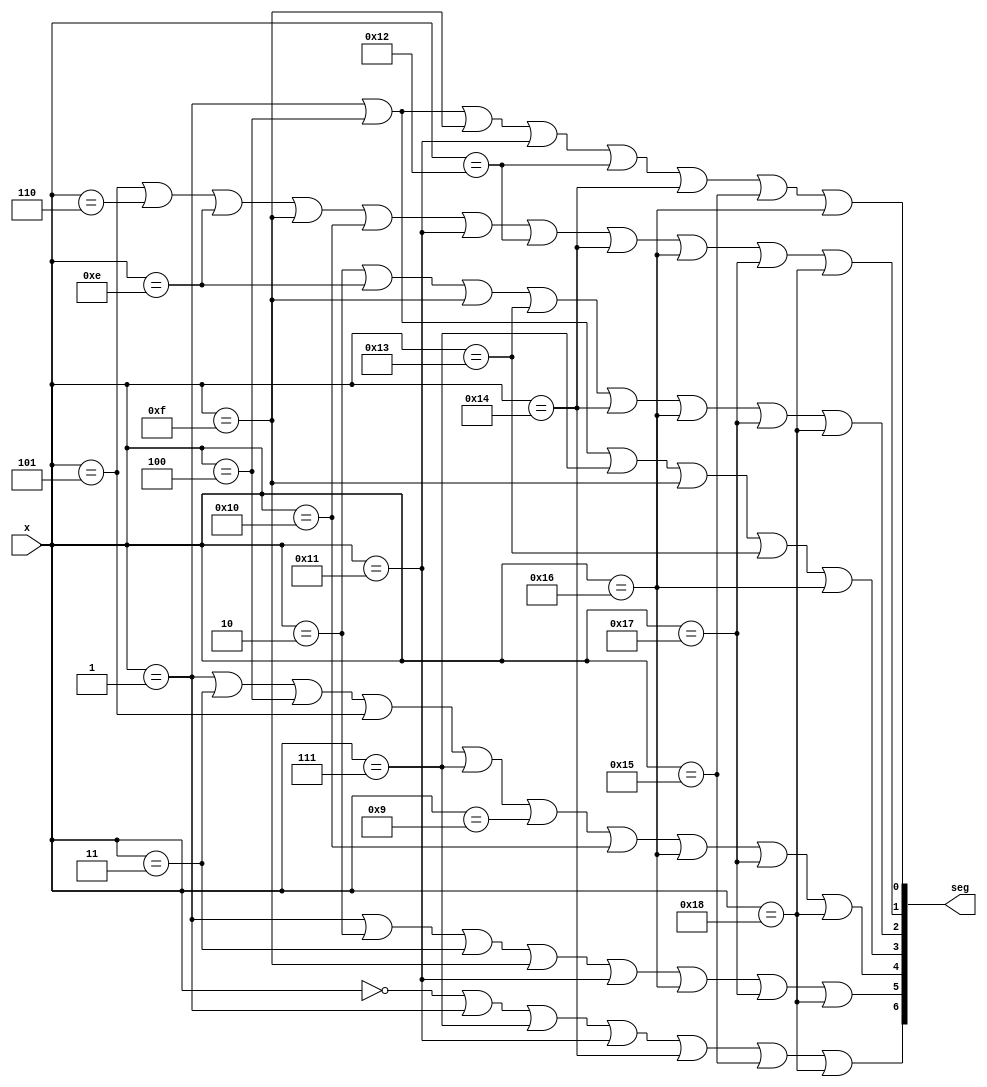
module BCDToLED(seg, x);
	output [6:0] seg;
 //   output [3:0] an;
	input [4:0] x;

// 0~9
	//assign seg[0] = (x[2] & ~x[1] & ~x[0]) | (~x[3] & ~x[2] & ~x[1] & x[0]);
	//assign seg[1] = (x[2] & ~x[1] & x[0]) | (x[2] & x[1] & ~x[0]);
	//assign seg[2] = (~x[2] & x[1] & ~x[0]);
	//assign seg[3] = (x[2] & ~x[1] & ~x[0]) | (x[2] & x[1] & x[0]) | (~x[3] & ~x[2] & ~x[1] & x[0]);
	//assign seg[4] = x[0] | (x[2] & ~x[1]);
	//assign seg[5] = (~x[2] & x[1]) | (~x[3] & ~x[2] & x[0]) | (x[1] & x[0]);
	//assign seg[6] = (~x[3] & ~x[2] & ~x[1]) | (x[2] & x[1] & x[0]);

// (0 ~ 9) and (14=E, 15=r, 16=S, 17=u, 18=b, 19=P, 20=L, 21 = U,22,23,24)
	assign seg[0] = (x == 5'd1) | (x == 5'd4) | (x == 5'd15) | (x == 5'd17) | (x == 5'd18) | (x == 5'd20) | (x == 5'd21) | (x == 5'd22);
	assign seg[1] = (x == 5'd5) | (x == 5'd6) | (x == 5'd14) | (x == 5'd15) | (x == 5'd16) | (x == 5'd17) | (x == 5'd18) | (x == 5'd20) | (x == 5'd22) | (x == 5'd23) | (x == 5'd24);
	assign seg[2] = (x == 5'd2) | (x == 5'd14) | (x == 5'd15) | (x == 5'd19) | (x == 5'd20) | (x == 5'd22) | (x == 5'd23) | (x == 5'd24);
	assign seg[3] = (x == 5'd1) | (x == 5'd4) | (x == 5'd7) | (x == 5'd15) | (x == 5'd19) | (x == 5'd22);
	assign seg[4] = (x == 5'd1) | (x == 5'd3) | (x == 5'd4) | (x == 5'd5) | (x == 5'd7) | (x == 5'd9) | (x == 5'd16) | (x == 5'd22) | (x == 5'd23) | (x == 5'd24);
	assign seg[5] = (x == 5'd1) | (x == 5'd2) | (x == 5'd3) | (x == 5'd15) | (x == 5'd17) | (x == 5'd22) | (x == 5'd23) | (x == 5'd24);
	assign seg[6] = (x == 5'd0) | (x == 5'd1) | (x == 5'd7) | (x == 5'd17) | (x == 5'd20) | (x == 5'd21) | (x == 5'd24);
//	assign an[3:0] = 4'b 1110;

endmodule